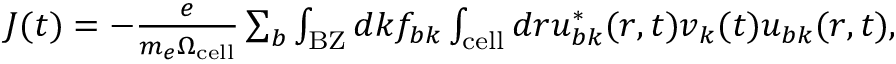
\begin{array} { r } { \boldsymbol J ( t ) = - \frac { e } { m _ { e } \Omega _ { \mathrm { c e l l } } } \sum _ { b } \int _ { \mathrm { B Z } } d \boldsymbol k f _ { b \boldsymbol k } \int _ { \mathrm { c e l l } } d \boldsymbol r u _ { b \boldsymbol k } ^ { * } ( \boldsymbol r , t ) \boldsymbol v _ { \boldsymbol k } ( t ) u _ { b \boldsymbol k } ( \boldsymbol r , t ) , } \end{array}